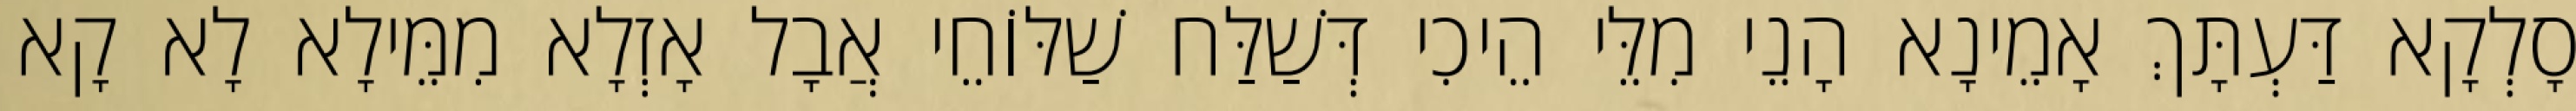
סָלְקָא דַּעְתָּךְ אָמֵינָא הָנֵי מִלֵּי הֵיכִי דְּשַׁלַּח שַׁלּוֹחֵי אֲבָל אָזְלָא מִמֵּילָא לָא קָא